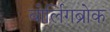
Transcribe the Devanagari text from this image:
बोर्लिगब्रोक